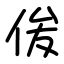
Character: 㑓